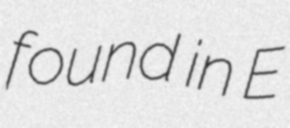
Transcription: found in E